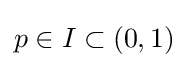
p\in I\subset (0,1)